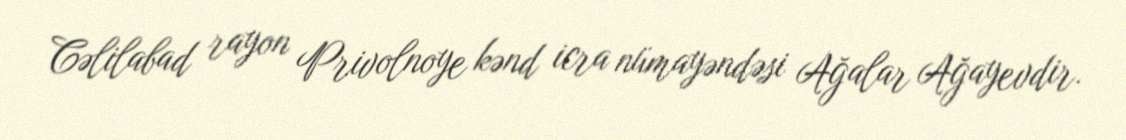
Cəlilabad rayon Privolnoye kənd icra nümayəndəsi Ağalar Ağayevdir.